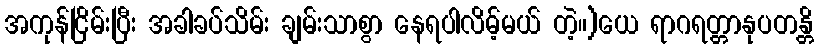
အကုန်ငြိမ်းပြီး အခါခပ်သိမ်း ချမ်းသာစွာ နေရပါလိမ့်မယ် တဲ့။)ယေ ရာဂရတ္တာနုပတန္တိ